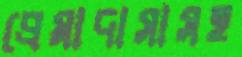
প্রেমাদাসাসহ